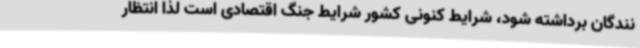
نندگان برداشته شود، شرایط کنونی کشور شرایط جنگ اقتصادی است لذا انتظار